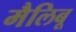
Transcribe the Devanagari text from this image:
मैलिबू